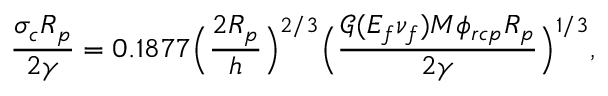
\frac { \sigma _ { c } R _ { p } } { 2 \gamma } = 0 . 1 8 7 7 \Big ( \frac { 2 R _ { p } } { h } \Big ) ^ { 2 / 3 } \Big ( \frac { \mathcal { G } ( E _ { f } \nu _ { f } ) M \phi _ { r c p } R _ { p } } { 2 \gamma } \Big ) ^ { 1 / 3 } ,